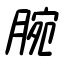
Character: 腕